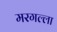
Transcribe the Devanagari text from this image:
मरगल्ला